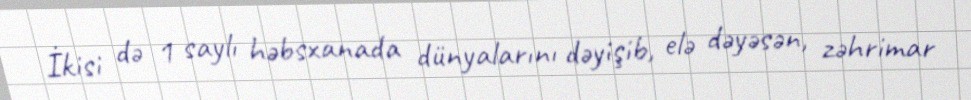
İkisi də 1 saylı həbsxanada dünyalarını dəyişib, elə dəyəsən, zəhrimar